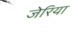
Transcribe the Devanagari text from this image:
जेरिया